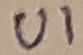
Text: UI